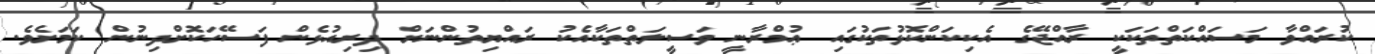
ކުރައްވާ މަސައްކަތްތަކަކީ ރާއްޖޭގެ އެކިކަންކޮޅުތަކުގައި ޢުމްރާނީ ވަސީލަތްތަކާއެކު ރައްޔިތުންނަށް ދިރިއުޅެން ފަސޭހަކޮށްދިނުން ކަމަށެވެ.